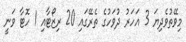
މިވޭތުވެދިޔަ 3 އަހަރު ދުވަހުގެ ތެރޭގައި 20 ރިޒޯޓާއި 1 ހޮޓާ ވަނީ